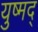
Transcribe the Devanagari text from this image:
युष्मद्